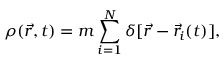
\rho ( \vec { r } , t ) = m \sum _ { i = 1 } ^ { N } \delta [ \vec { r } - \vec { r } _ { i } ( t ) ] ,